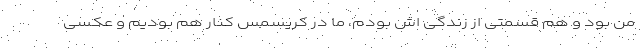
من بود و هم قسمتی از زندگی اش بودم، ما در کریسمس کنار هم بودیم و عکسی